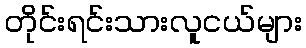
တိုင်းရင်းသားလူငယ်များ